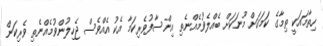
ހިތާމައަކީ ތިމާގެ ކަމަކަށް މޫނަކަށް ބެއްލެވުމެއްނެތި އިންސާފުވެރިކަމާ އެކު އެއްވެސް ޖެހިލުންވުމެއްނެތި ވެރިކަން